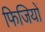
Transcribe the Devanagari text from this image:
फिजियों